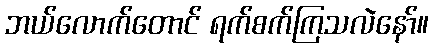
ဘယ်လောက်တောင် ရက်စက်ကြသလဲနော်။